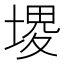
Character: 𰊐